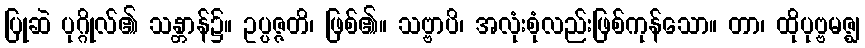
ပြုဆဲ ပုဂ္ဂိုလ်၏ သန္တာန်၌။ ဥပ္ပဇ္ဇတိ၊ ဖြစ်၏။ သဗ္ဗာပိ၊ အလုံးစုံလည်းဖြစ်ကုန်သော။ တာ၊ ထိုပုဗ္ဗမဇ္ဈ